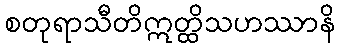
စတုရာသီတိဣတ္ထိသဟဿာနိ